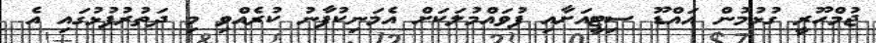
ޖުމްހޫރީ ގުޅުމުން އައްޑޫ ސިޓީއަށާއި ފުވައްމުލަކަށް އެމަނިކުފާނު ކުރެއްވި މި ދަތުރުފުޅުގައި އެ